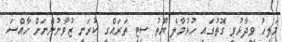
މަލީހު ވިދާޅުވި ގޮތުގައި ހުޅުމާލެ ޔޫތު ސިޓީ ތަރައްގީ ކުރަނީ ޒުވާނުންނަށް ހާއްސަ